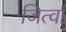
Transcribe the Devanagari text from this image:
जित्वा